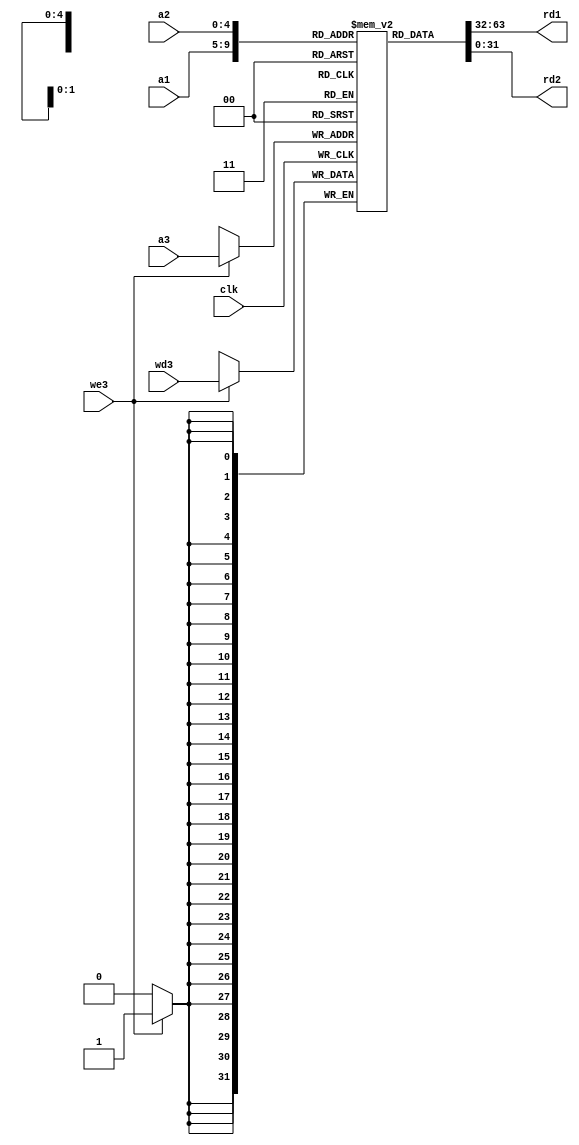
`timescale 1ns / 1ps

module register_file(clk,we3,a1,a2,a3,wd3,rd1,rd2);

input wire clk,we3;
input wire [4:0] a1,a2,a3;
input wire [31:0]wd3;
output reg [31:0]rd1,rd2;

reg [31:0] reg_file [31:0];

initial 
begin
     reg_file[5]  = 32'h00000006;
     reg_file[6]  = 32'h000000EC;
     reg_file[9]  = 32'h00000024;     
end

// Read ports
always @*
begin
    rd1 = reg_file[a1];
    rd2 = reg_file[a2];
end

always @ (posedge clk)
begin
    if(we3)
    begin
        reg_file[a3] <= wd3;
    end
end

endmodule


//// Assign output 'rd1' based on input address 'a1'
//always @ (posedge clk) 
//begin
//    if(a1 < 32)         // Bounds checking
//        rd1 = RegFile[a1];
//    else
//        rd1 = 32'h0;     // Default value if address is out of bounds
//end

//// Assign output 'rd2' based on input address 'a2'
//always @ (posedge clk) 
//begin
//    if(a2 < 32)         // Bounds checking
//        rd2 = RegFile[a2];
//    else
//        rd2 = 32'h0;     // Default value if address is out of bounds
//end